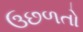
ઉછળતો